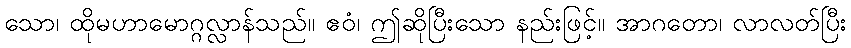
သော၊ ထိုမဟာမောဂ္ဂလ္လာန်သည်။ ဧဝံ၊ ဤဆိုပြီးသော နည်းဖြင့်။ အာဂတော၊ လာလတ်ပြီး